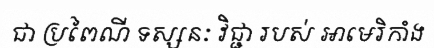
ជា ប្រពៃណី ទស្សនៈ វិជ្ជា របស់ អាមេរិកាំង